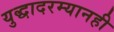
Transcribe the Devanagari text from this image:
युद्धादरम्यानही